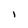
Character: i